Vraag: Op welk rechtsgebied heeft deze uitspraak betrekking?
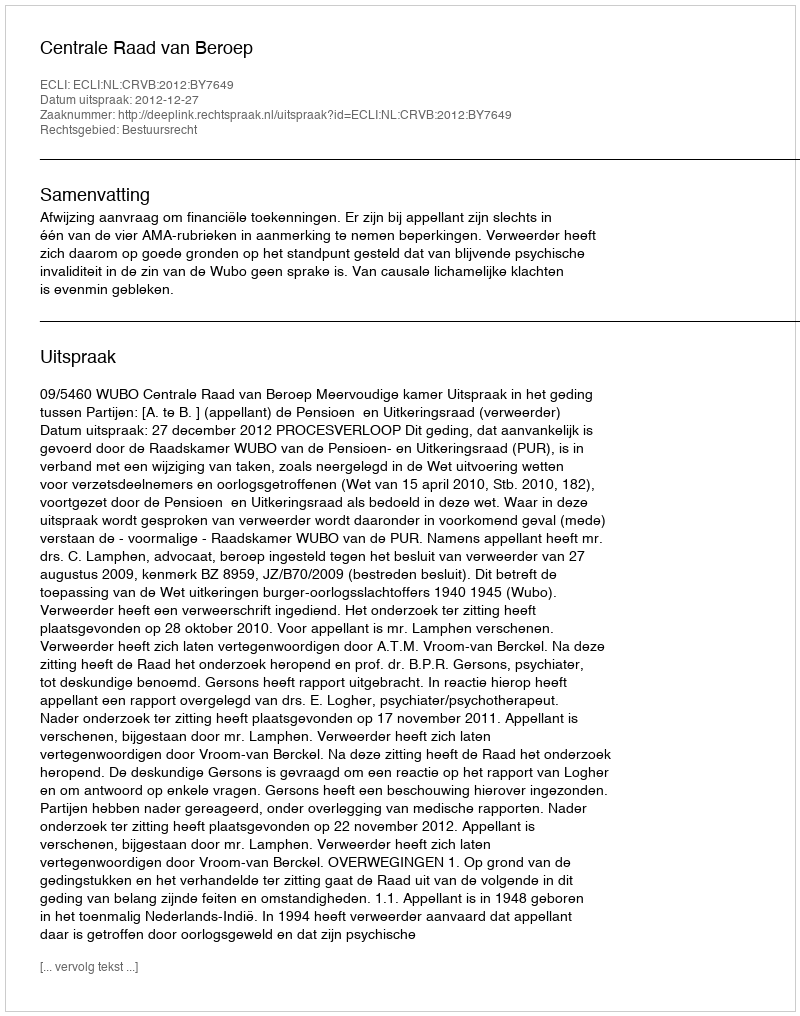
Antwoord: Bestuursrecht